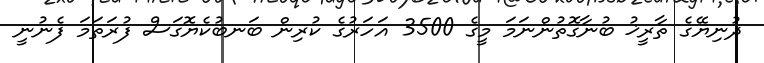
ދުނިޔޭގެ ތާރީޚު ބުނާގޮތުންނަމަ މީގެ 3500 އަހަރުގެ ކުރިން ބަނބުކެޔޮގަސް ފުރަތަމަ ފެނުނީ